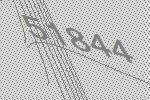
51844